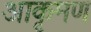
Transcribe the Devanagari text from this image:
आकृमण